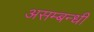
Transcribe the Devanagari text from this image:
असम्बन्धी